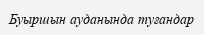
Буыршын ауданында туғандар